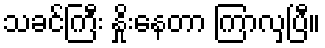
သခင်ကြီး နှိုးနေတာ ကြာလှပြီ။